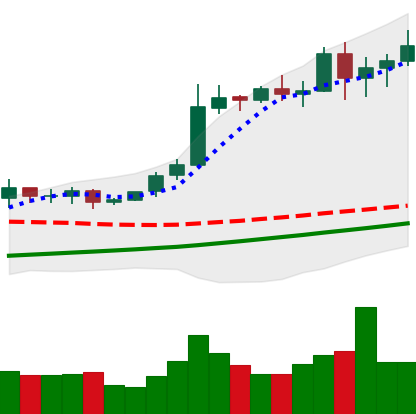
Ticker: BTC-USD
Chart end date: 2020-10-31
Forward return: 13.053%
Label: up_7plus